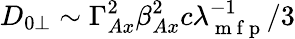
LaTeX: D_{0\perp}\sim\Gamma_{Ax}^{2}\beta_{Ax}^{2}c\lambda_{\mathrm{~m~f~p~}}^{-1}/3